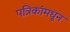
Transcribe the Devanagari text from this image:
पत्रिकांमधून